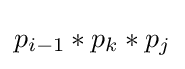
p_{i-1}*p_{k}*p_{j}